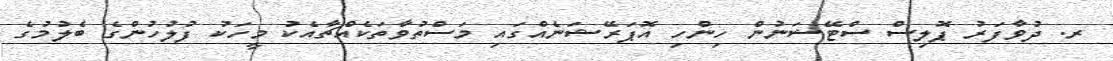
ރ. ދުވާފަރު ޕޮލިސް ސްޓޭޝަނުން ހިންހި އޮޕަރޭޝަނެއްގައި މަސްތުވާތަކެއްޗާއެކު މީހަކު ފުލުހުންގެ ބެލުމުގެ